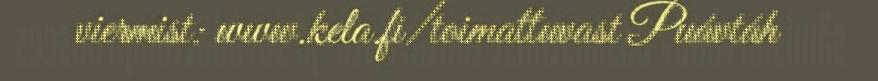
viermist: www.kela.fi/toimattuvast Puávtáh